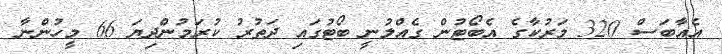
އެއާބަސް 320 މަރުކާގެ އެބޯޓުން ގެއްލުނީ ބޯޓުގައި ދަތުރު ކުރަމުންދިޔަ 66 މީހުންނާ